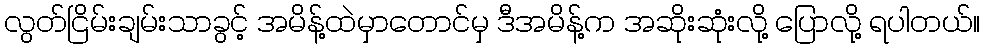
လွတ်ငြိမ်းချမ်းသာခွင့် အမိန့်ထဲမှာတောင်မှ ဒီအမိန့်က အဆိုးဆုံးလို့ ပြောလို့ ရပါတယ်။